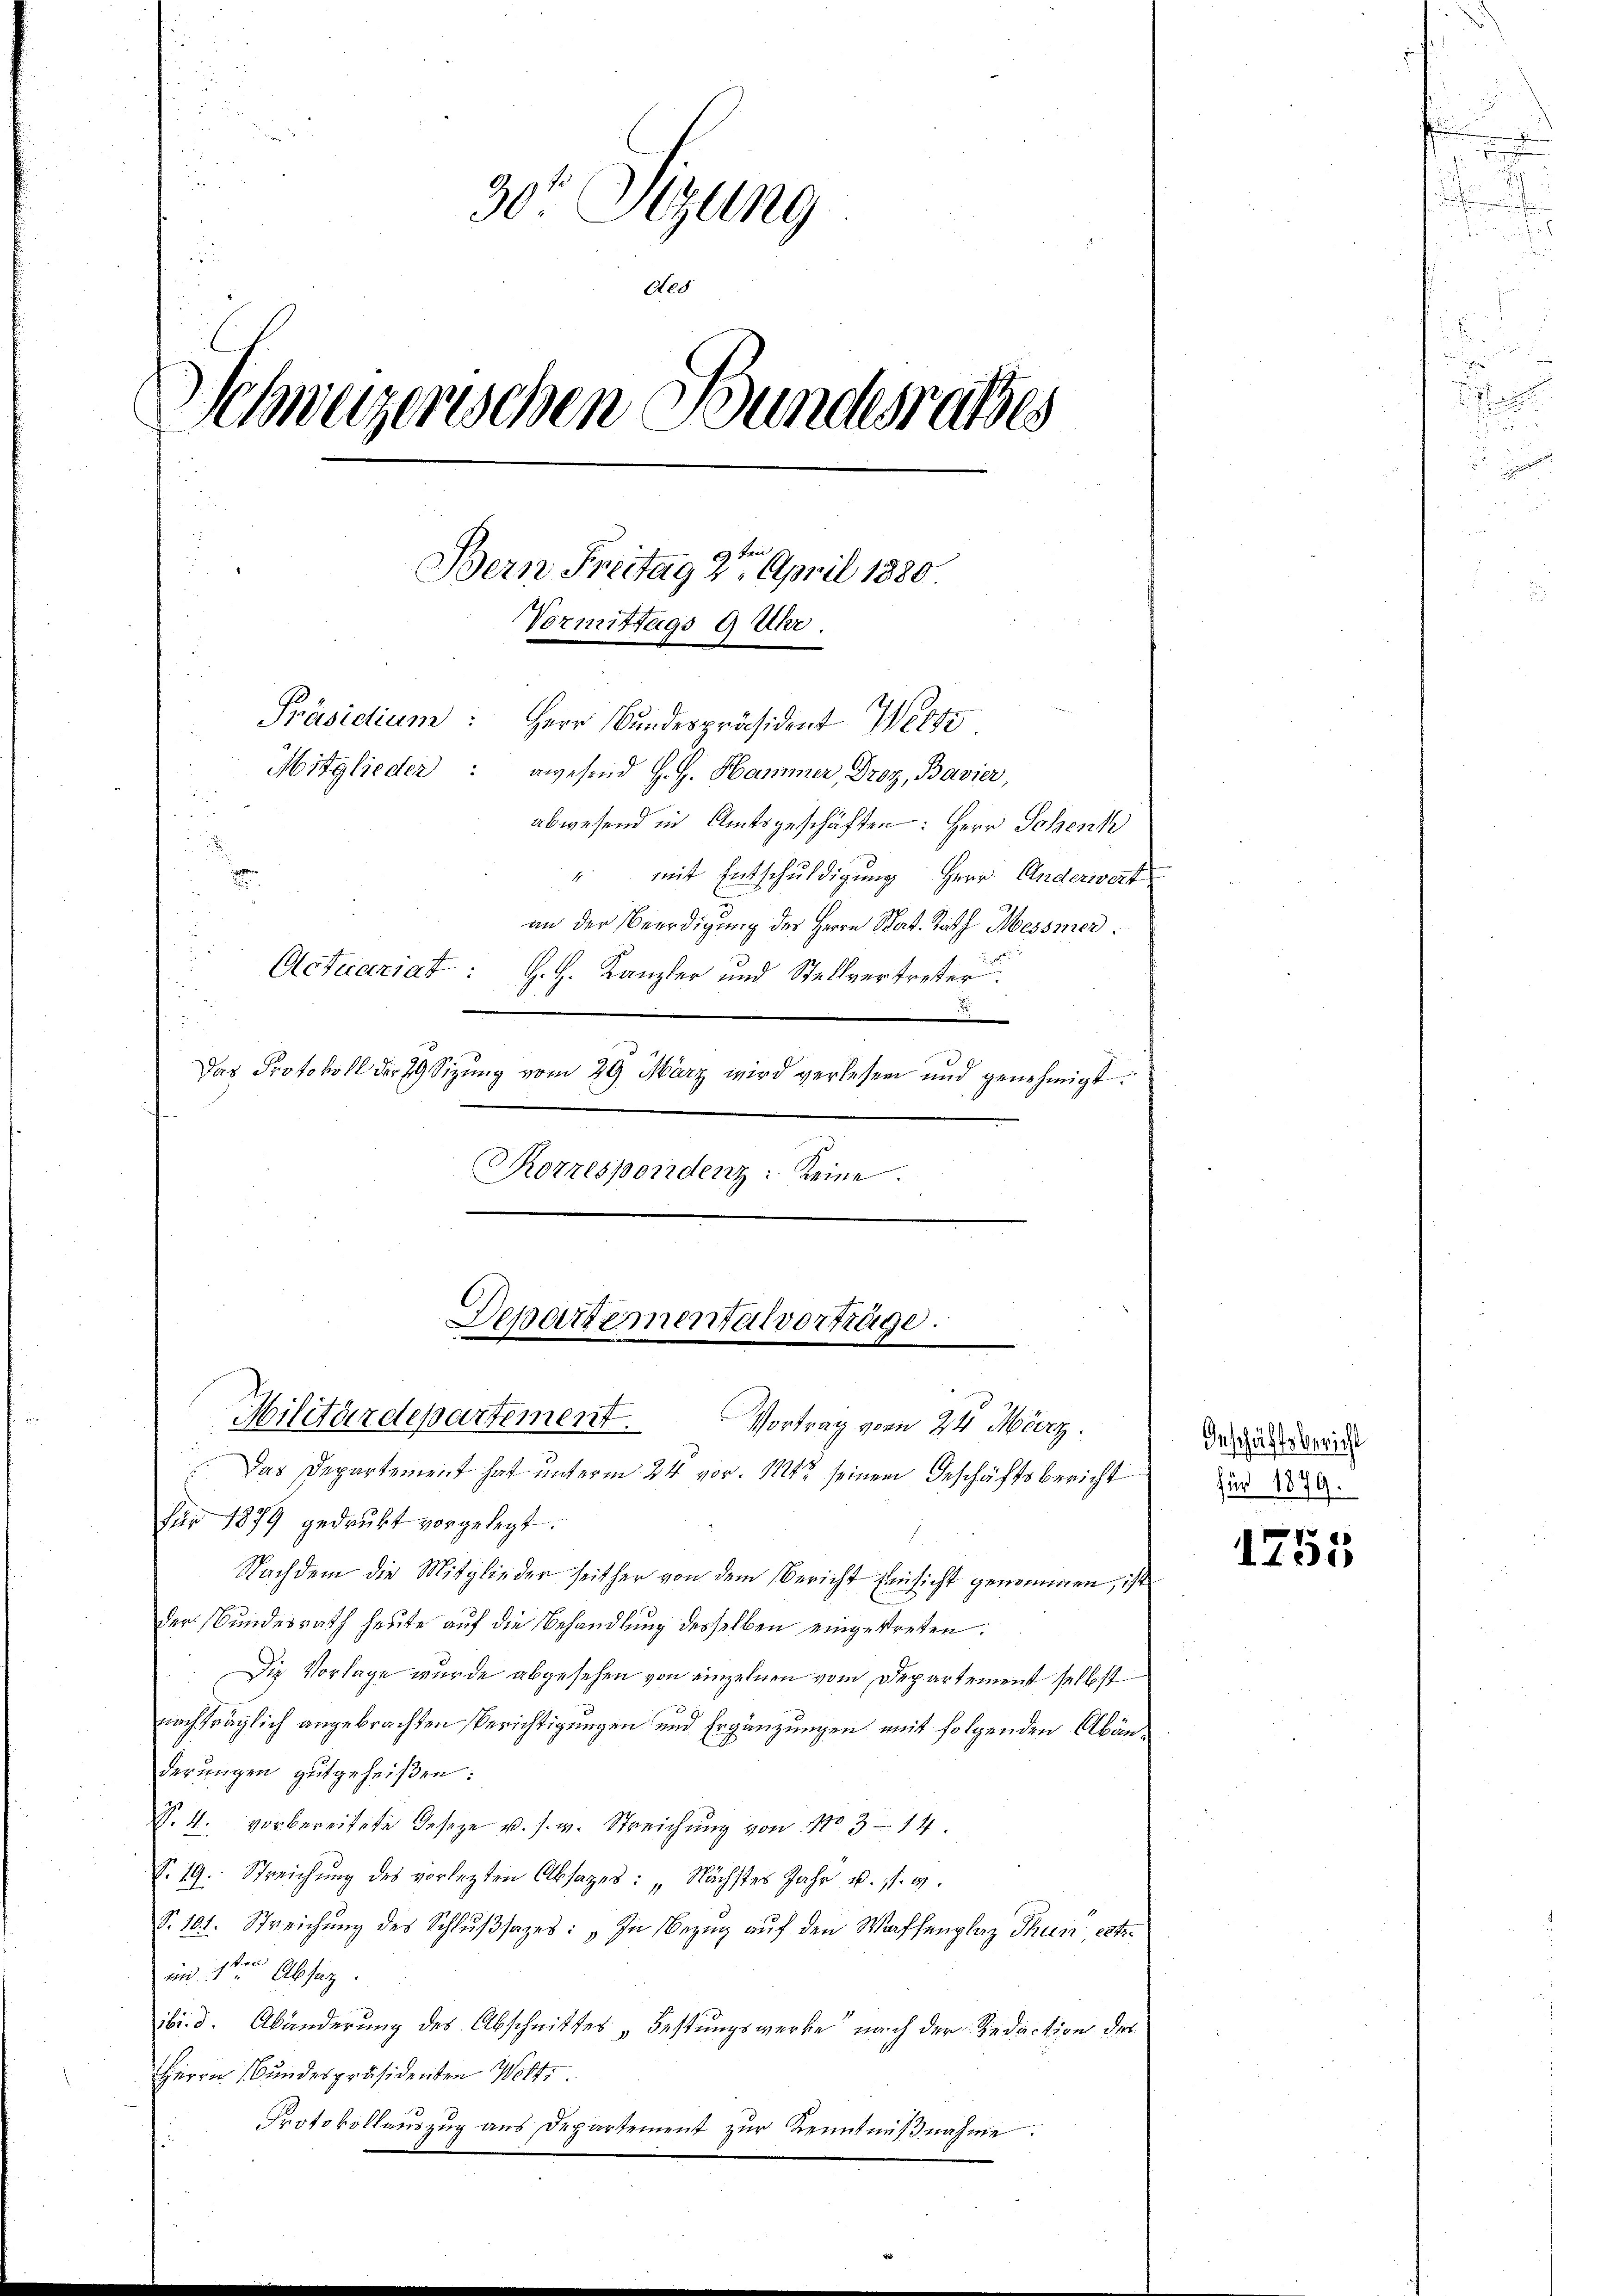
u
5
u
s
u
30' Sizung
Aes
Schweizerischen Bundesrathes
u
Bern Freitag 2ten April 1880.
Vormittags 9 Uhr.
Präsidium: Herr Bundespräsident Wege
Mitglieder: wesend H. H. Hammer, Droz, Bavier,
.
abwesend in Amtsgeschäften: Herr Schenk
i
" mit Entschuldigung Herr Anderwert
1
an der Beerdigung der Herrn Mad. Rath Messner
Actuariat : H. H. Kanzler und Stellvertreter
2
Das Protokoll der 79 Sizung vom 29 März wird verlesen und genehmigt
e

Korrespondenz: keine.

Departementalvorträge.

Militärdepartement.
Vortrag vom 24. März.
Das Departement hat unterm 24 vor. Mtt. seinem Geschäftsbericht
für 1879 gedrukt vorgelegt.
Nachdem die Mitglieder seither von dem Bericht Einsicht genommen, ist
der Bundesrath heute auf die Behandlung desselben eingestreten.
Die Vorlage wurde abgesehen von einzelnen vom Departement selbst
nachträglich angebrachten Berichtigungen und Ergänzungen mit folgenden Abänderungen gutgeheißen:
Nr. 4. vorbereitete Geseze u. s. v. Streichung von No 3 - 14.
S. 19. Streichŭng des vorletzten Absages: „Nächstes Jahr u. s. w.
S. 101. Streichŭng des Schlŭβsazes: „In Bezug auf den Waffenplaz Thun, erte.
im 1ten Absag
ibi. d. Abänderung des Abschnittes „Festungswerke“ nach der Redaction der
Herrn Bundespräsidenten Wolt
Protokollauszug aus Departement zŭr Kenntniβnahme.

Geschäftsbericht
für 1879.

f
d. 135

n

i

a